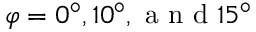
\varphi = { 0 ^ { \circ } , 1 0 ^ { \circ } , \mathrm { ~ a ~ n ~ d ~ } 1 5 ^ { \circ } }